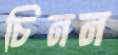
চিনন